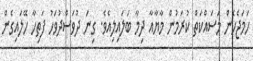
ހަމަޖެހެން މަސައްކަތް ކުރަމުން މާޔާއާ ދިމާ ބަލައިލިއެވެ. ގިނަ ދުވަސްދުވަހު ފަތިހާ ހޭލައިގެން